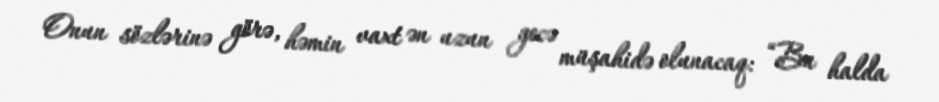
Onun sözlərinə görə, həmin vaxt ən uzun gecə müşahidə olunacaq: “Bu halda